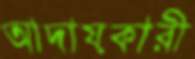
আদায়কারী